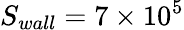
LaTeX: S_{wall}=7\times 10^{5}